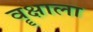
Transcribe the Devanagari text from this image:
वॄक्षाला